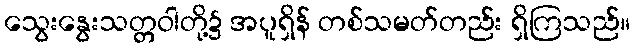
သွေးနွေးသတ္တဝါတို့၌ အပူရှိန် တစ်သမတ်တည်း ရှိကြသည်။